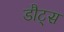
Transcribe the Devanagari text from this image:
डौट्स